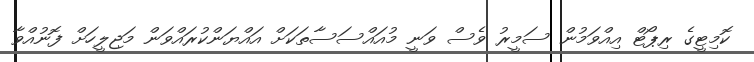
ކޮމިޓީގެ ރިޕޯޓް އިއްވަމުން ސަމީރު ވެސް ވަނީ މުއައްސަސާތަކަށް އައްޔަންކުރައްވަން މަޖިލީހަށް ފޮނުއްވާ